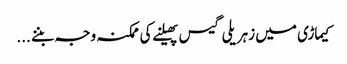
کیماڑی میں زہریلی گیس پھیلنے کی ممکنہ وجہ بننے ...